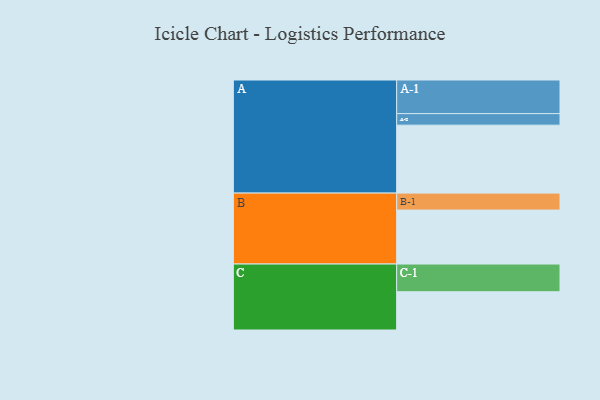
{"axis": {"x": "Segment", "y": "Value"}, "legend": ["", "A", "B", "C"], "data": [{"x": "A", "y": 588, "type": ""}, {"x": "B", "y": 467, "type": ""}, {"x": "C", "y": 331, "type": ""}, {"x": "A-1", "y": 291, "type": "A"}, {"x": "A-2", "y": 100, "type": "A"}, {"x": "B-1", "y": 147, "type": "B"}, {"x": "C-1", "y": 240, "type": "C"}]}